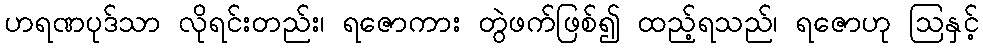
ဟရဏပုဒ်သာ လိုရင်းတည်း၊ ရဇောကား တွဲဖက်ဖြစ်၍ ထည့်ရသည်၊ ရဇောဟု ဩနှင့်